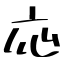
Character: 応